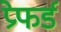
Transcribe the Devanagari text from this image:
प्रेफर्ड